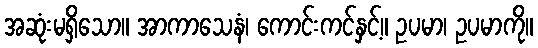
အဆုံးမရှိသော။ အာကာသေနံ၊ ကောင်းကင်နှင့်။ ဥပမာ၊ ဥပမာကို။